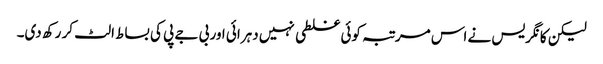
لیکن کانگریس نے اس مرتبہ کوئی غلطی نہیں دہرائی اور بی جے پی کی بساط الٹ کر رکھ دی۔